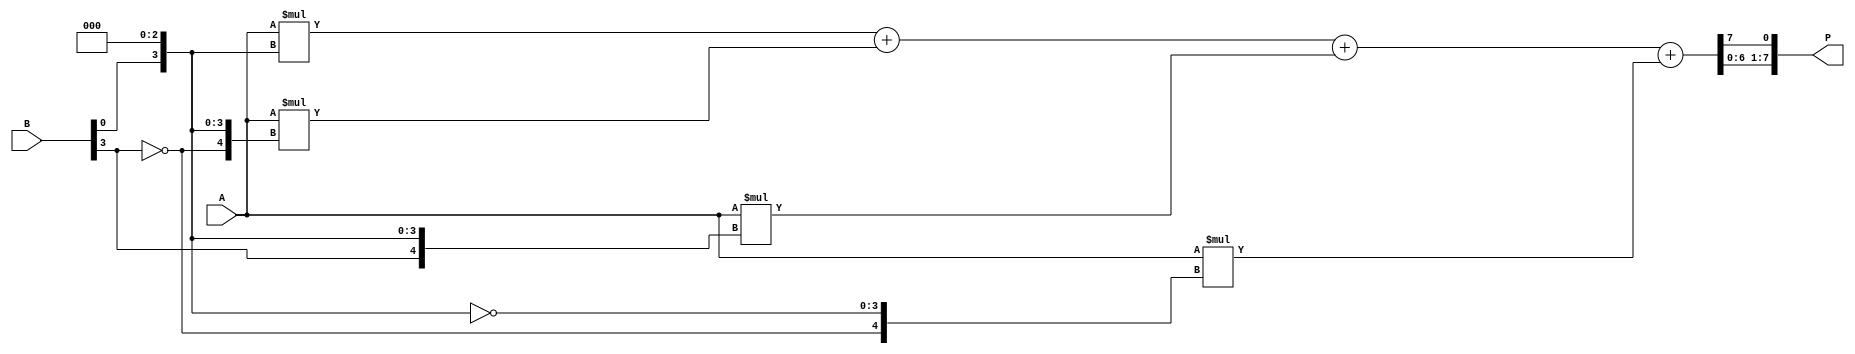
module modified_booth_multiplier(input [3:0] A, input [3:0] B, output [7:0] P); 
    reg [3:0] B_ext; 
    wire [3:0] A_booth [0:3]; 
    wire [7:0] P_temp; 
    wire [7:0] P_final; 
 
    // Sign extension of B 
    assign B_ext = {B[3], B, 3'b0}; 
 
    // Generate Booth encoded partial products 
    assign A_booth[0] = A; 
    assign A_booth[1] = {A[3], A}; 
    assign A_booth[2] = {2'b0, A}; 
    assign A_booth[3] = {2'b0, A[3], A}; 
 
    // Booth multiplier 
    assign P_temp = A_booth[0] * B_ext + A_booth[1] * {~B[3], B_ext} + A_booth[2] * {B[3], B_ext} + A_booth[3] * {~B[3], ~B_ext}; 
 
    // Result alignment 
    assign P_final = {P_temp[6:0], P_temp[7]}; 
 
    // Output 
    assign P = P_final; 
endmodule